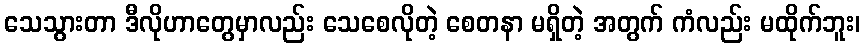
သေသွားတာ ဒီလိုဟာတွေမှာလည်း သေစေလိုတဲ့ စေတနာ မရှိတဲ့ အတွက် ကံလည်း မထိုက်ဘူး၊